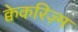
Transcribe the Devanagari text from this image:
क्वेकरिज़्म